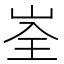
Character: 峑